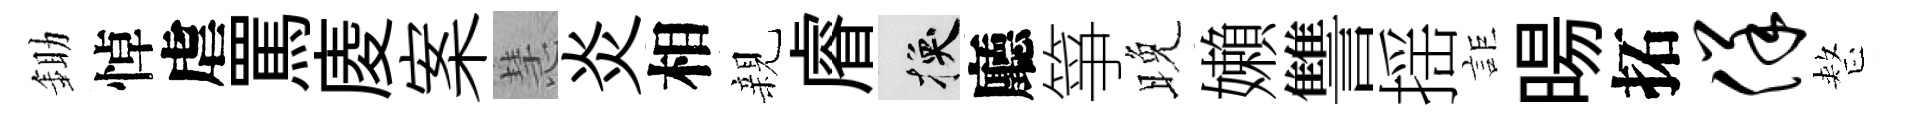
鋤悼虐罵庱案慧炎相親𥈠换廳箏晚嬾讐揺詎暘拓佯整